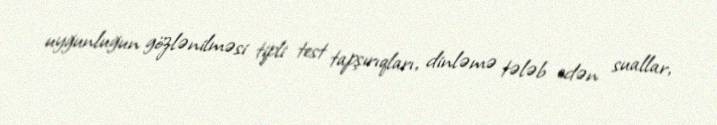
uyğunluğun gözlənilməsi tipli test tapşırıqları, dinləmə tələb edən suallar,